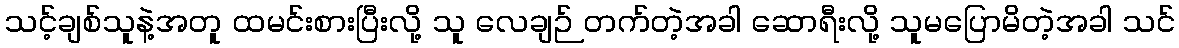
သင့်ချစ်သူနဲ့အတူ ထမင်းစားပြီးလို့ သူ လေချဉ် တက်တဲ့အခါ ဆောရီးလို့ သူမပြောမိတဲ့အခါ သင်